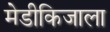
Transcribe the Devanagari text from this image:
मेडीकिजाला